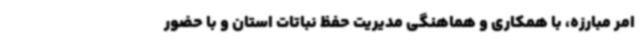
امر مبارزه، با همکاری و هماهنگی مدیریت حفظ نباتات استان و با حضور